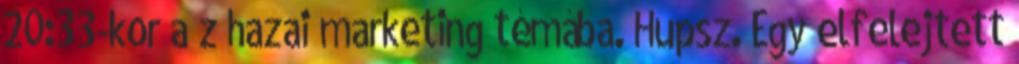
20:33-kor a z hazai marketing témába. Hupsz. Egy elfelejtett